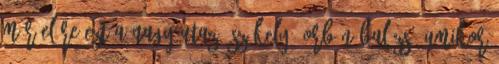
már előre ezt a nagy utazó-székely, Orbán Balázs, amikor